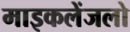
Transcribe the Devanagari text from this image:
माइकलेंजलो